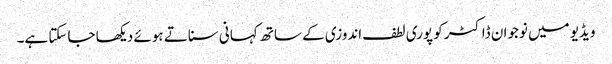
ویڈیو میں نوجوان ڈاکٹر کو پوری لطف اندوزی کے ساتھ کہانی سناتے ہوئے دیکھا جاسکتا ہے۔